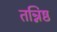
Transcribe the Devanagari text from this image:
तन्निष्ठ